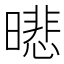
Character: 𣊾